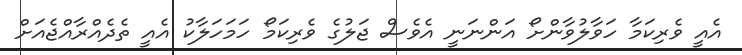
އެއީ ވެރިކަމާ ހަވާލުވާންށޯ އަންނަނީ އެވެސް ޖަލުގެ ވެރިކަމޯ ހަމަހަލާކު އެއީ ތެދެއްރާއްޖެއަށް